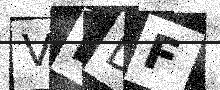
Text: VLDF